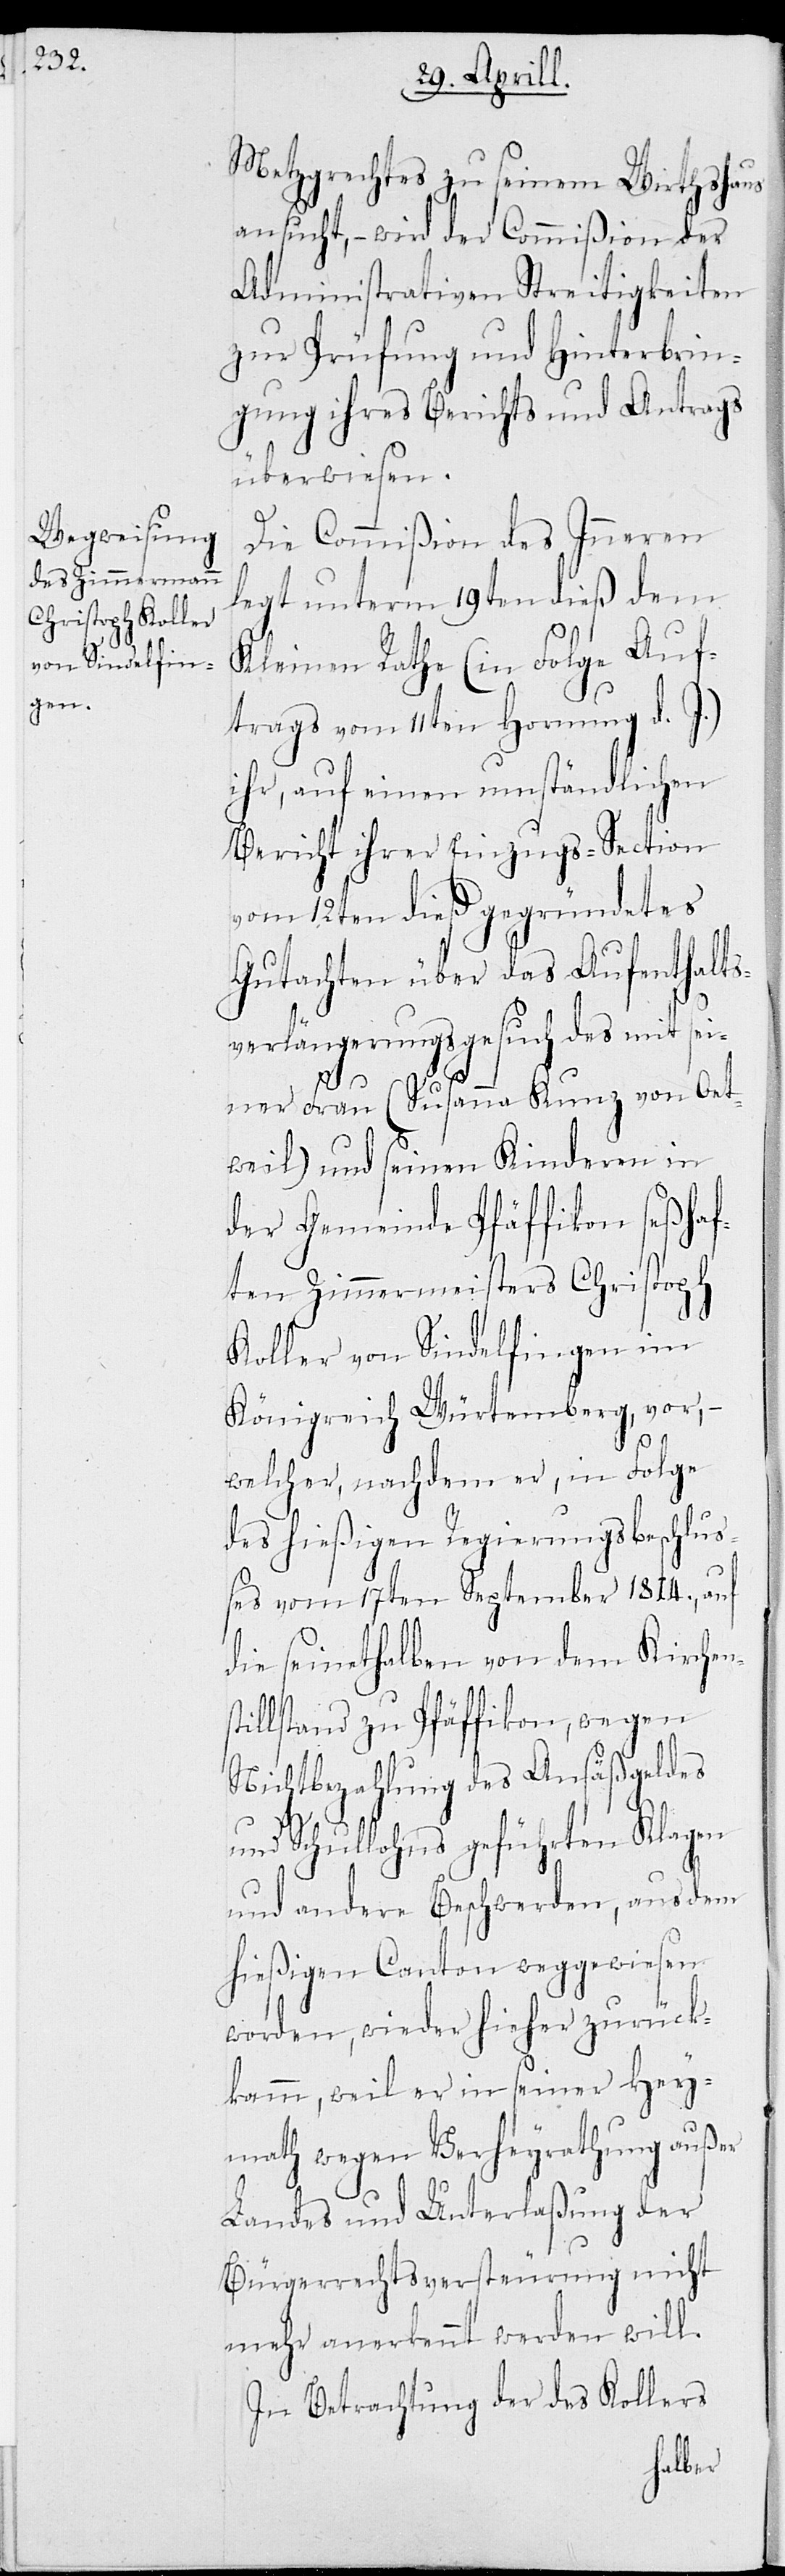
Metzgrechts zu seinem Wirtshaus
ansucht, – wird der Commißion der
Administrativen Streitigkeiten
zur Prüfung und Hinterbrin¬
gung ihres Berichts und Antrags
überwiesen.